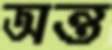
অন্ত